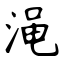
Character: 渑